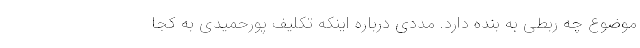
موضوع چه ربطی به بنده دارد. مددی درباره اینکه تکلیف پورحمیدی به کجا